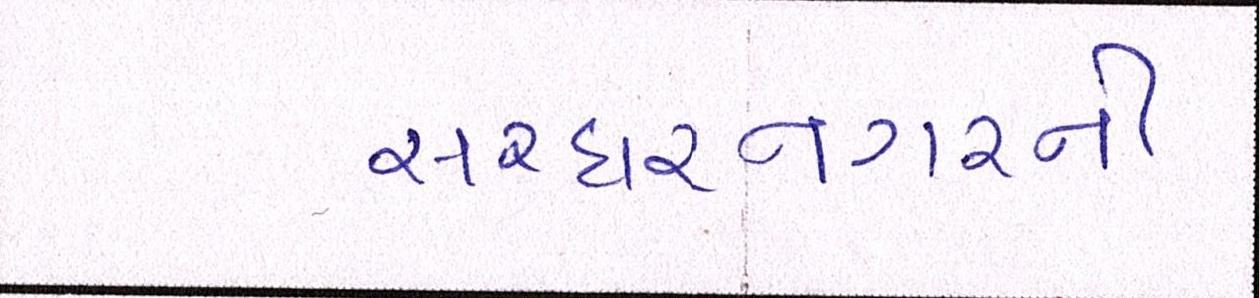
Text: સરદારનગરની